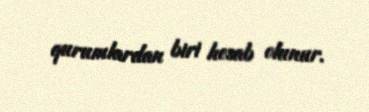
qurumlardan biri hesab olunur.